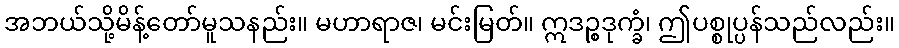
အဘယ်သို့မိန့်တော်မူသနည်း။ မဟာရာဇ၊ မင်းမြတ်။ ဣဒဉ္စဒုက္ခံ၊ ဤပစ္စုပ္ပန်သည်လည်း။